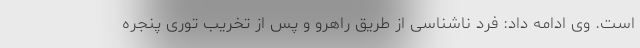
است. وی ادامه داد: فرد ناشناسی از طریق راهرو و پس از تخریب توری پنجره